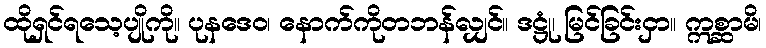
ထိုရှင်ရသေ့ပျိုကို။ ပုနဒေဝ၊ နောက်ကိုတဘန်လျှင်။ ဒဋ္ဌုံ၊ မြင်ခြင်းငှာ။ ဣစ္ဆာမိ၊